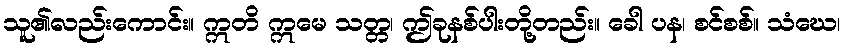
သူ၏လည်းကောင်း။ ဣတိ ဣမေ သတ္တ၊ ဤခုနစ်ပါးတို့တည်း။ ခေါ ပန၊ စင်စစ်။ သံဃေ၊